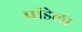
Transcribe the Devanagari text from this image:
पांडेला